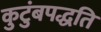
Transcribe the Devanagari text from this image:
कुटुंबपद्धति